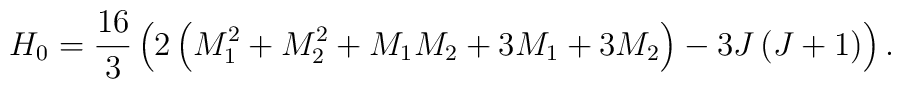
H_0={16\over 3}\left(2\left(M_1^2+M_2^2+M_1M_2+3M_1+3M_2\right)-3J\left(J+1\right) \right).